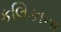
કલિકાના